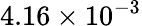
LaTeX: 4.16\times 10^{-3}